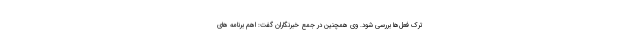
ترک فعل‌ها بررسى شود. وی همچنین در جمع خبرنگاران گفت: اهم برنامه هاى